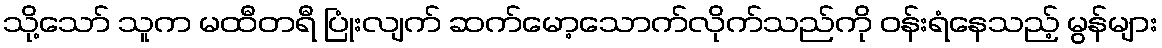
သို့သော် သူက မထီတရီ ပြုံးလျက် ဆက်မော့သောက်လိုက်သည်ကို ဝန်းရံနေသည့် မွန်များ